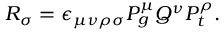
R _ { \sigma } = \epsilon _ { \mu \nu \rho \sigma } P _ { g } ^ { \mu } Q ^ { \nu } P _ { t } ^ { \rho } .